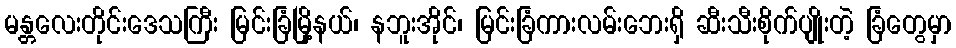
မန္တလေးတိုင်းဒေသကြီး မြင်းခြံမြို့နယ်၊ နဘူးအိုင်၊ မြင်းခြံကားလမ်းဘေးရှိ ဆီးသီးစိုက်ပျိုးတဲ့ ခြံတွေမှာ